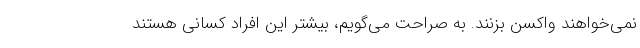
نمی‌خواهند واکسن بزنند. به صراحت می‌گویم، بیشتر این افراد کسانی هستند